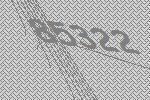
85322